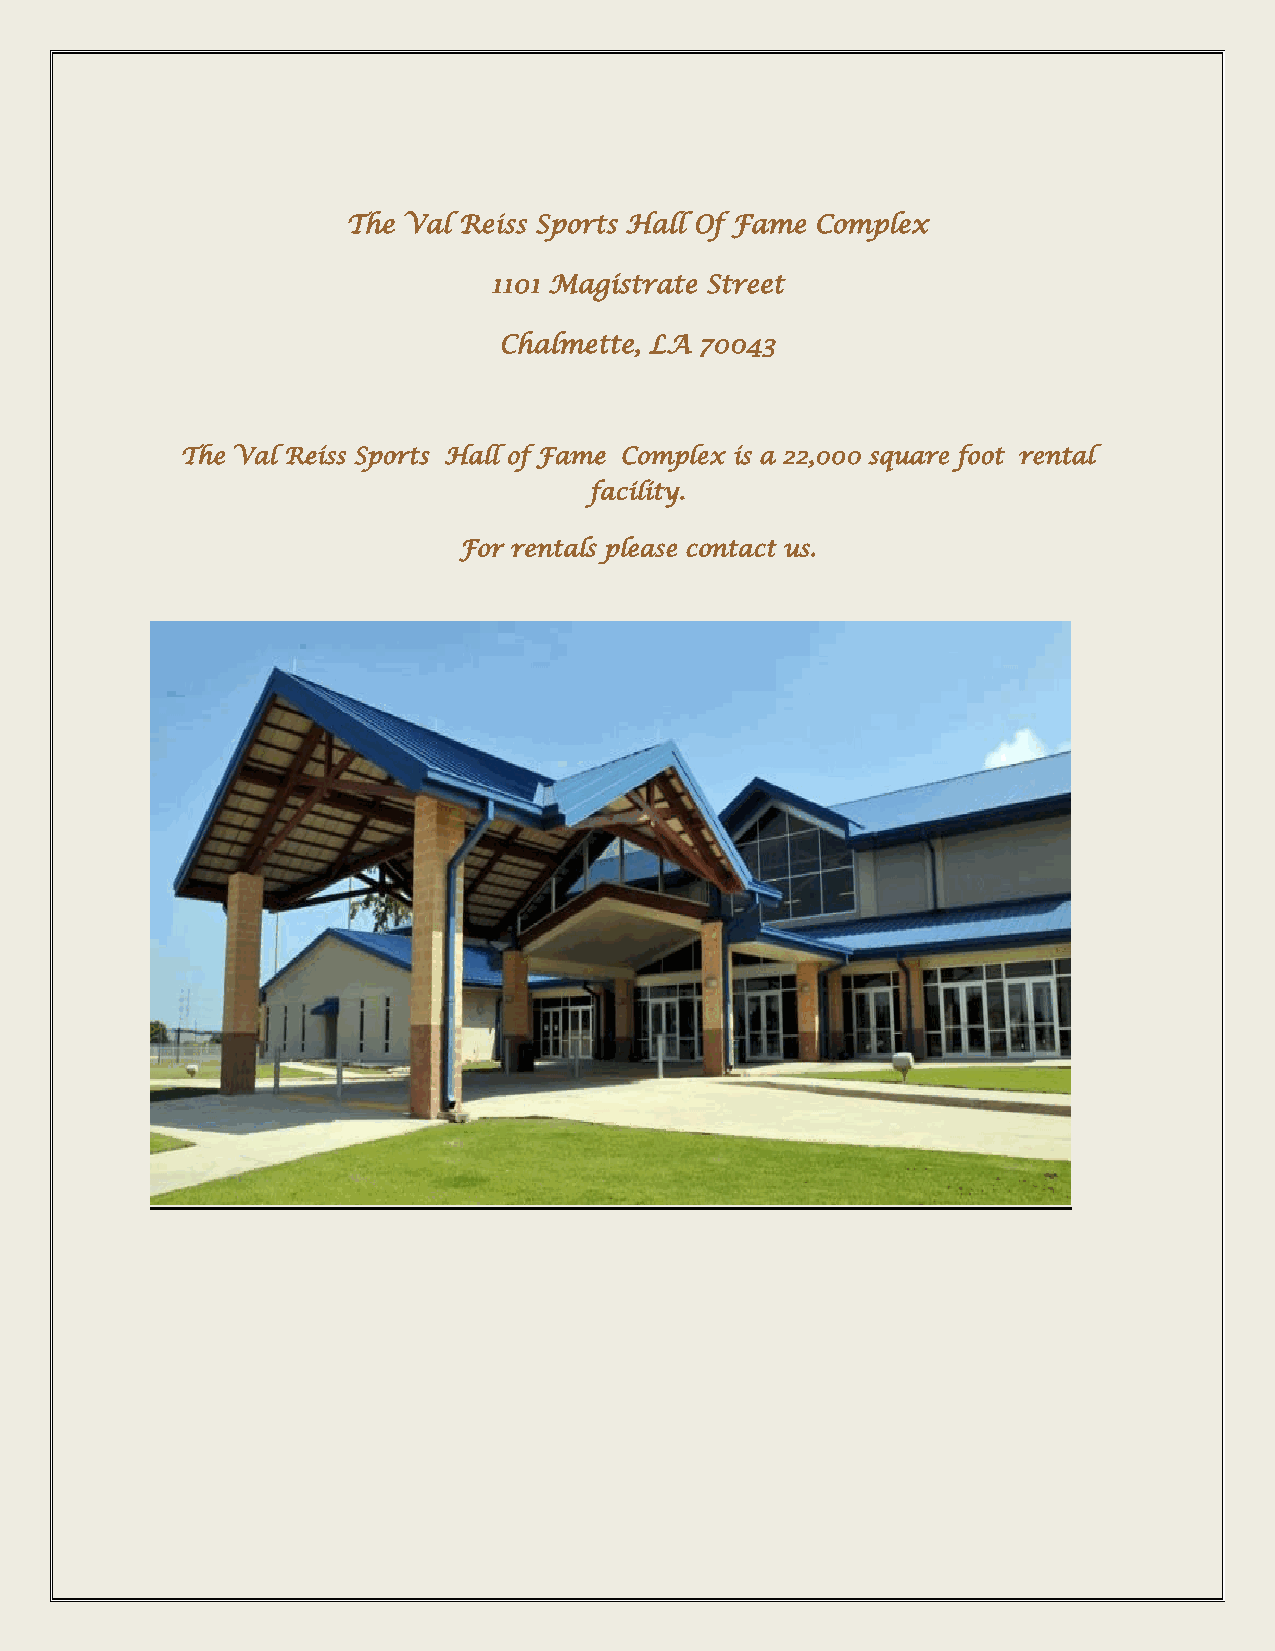
The Val Reiss Sports Hall Of Fame Complex
 1101 Magistrate Street
 Chalmette, LA 70043
 The Val Reiss Sports Hall of Fame Complex is a 22,000 square foot rental
 facility.
 For rentals please contact us.